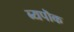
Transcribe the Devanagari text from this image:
ब्यपॊक